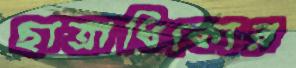
ছাত্রাধিক্যের